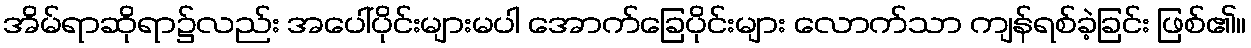
အိမ်ရာဆိုရာ၌လည်း အပေါ်ပိုင်းများမပါ အောက်ခြေပိုင်းများ လောက်သာ ကျန်ရစ်ခဲ့ခြင်း ဖြစ်၏။